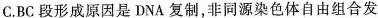
C. BC 段形成原因是 DNA 复制，非同源染色体自由组合发